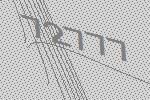
72777